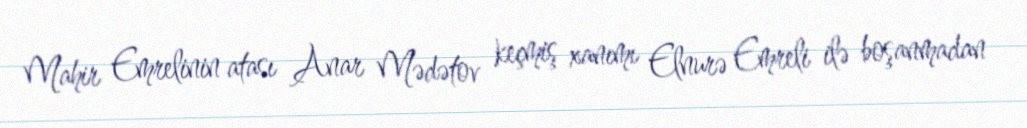
Mahir Emrelinin atası Anar Mədətov keçmiş xanımı Elnurə Emreli ilə boşanmadan